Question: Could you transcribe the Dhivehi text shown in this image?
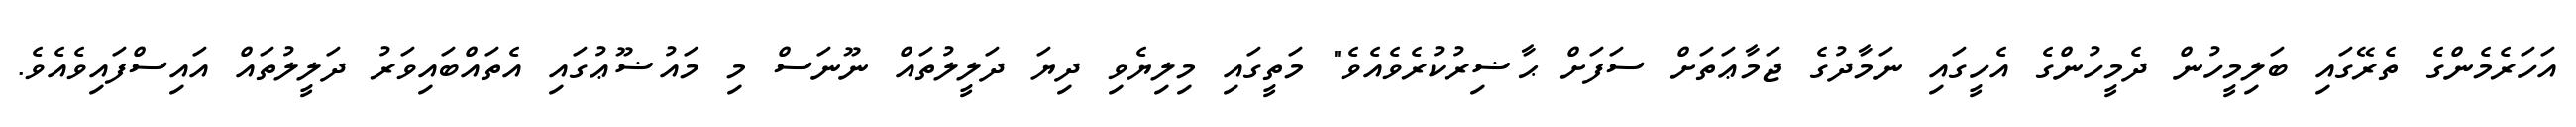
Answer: އަހަރެމެންގެ ތެރޭގައި ބަލިމީހުން ދެމީހުންގެ އެހީގައި ނަމާދުގެ ޖަމާޢަތަށް ސަފަށް ޙާޟިރުކުރެވެއެވެ" މަތީގައި މިލިޔެވި ދިޔަ ދަލީލުތައް ނޫނަސް މި މައުޟޫޢުގައި އެތައްބައިވަރު ދަލީލުތައް އައިސްފައިވެއެވެ.